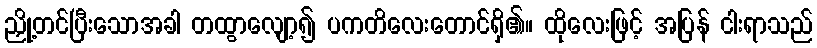
ညှို့တင်ပြီးသောအခါ တထွာလျော့၍ ပကတိလေးတောင်ရှိ၏။ ထိုလေးဖြင့် အပြန် ငါးရာသည်